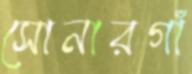
সোনারগাঁ